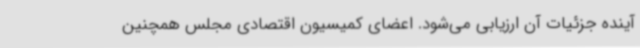
آینده جزئیات آن ارزیابی می‌شود. اعضای کمیسیون اقتصادی مجلس همچنین